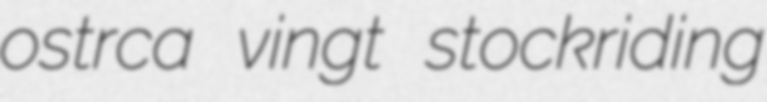
ostrca vingt stockriding